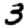
Digit: 3